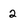
Character: 2